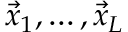
\vec { x } _ { 1 } , \dots , \vec { x } _ { L }